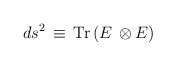
\begin{align*}ds^2 \, \equiv \, {\rm Tr} \left ( E \, \otimes E \right )\end{align*}